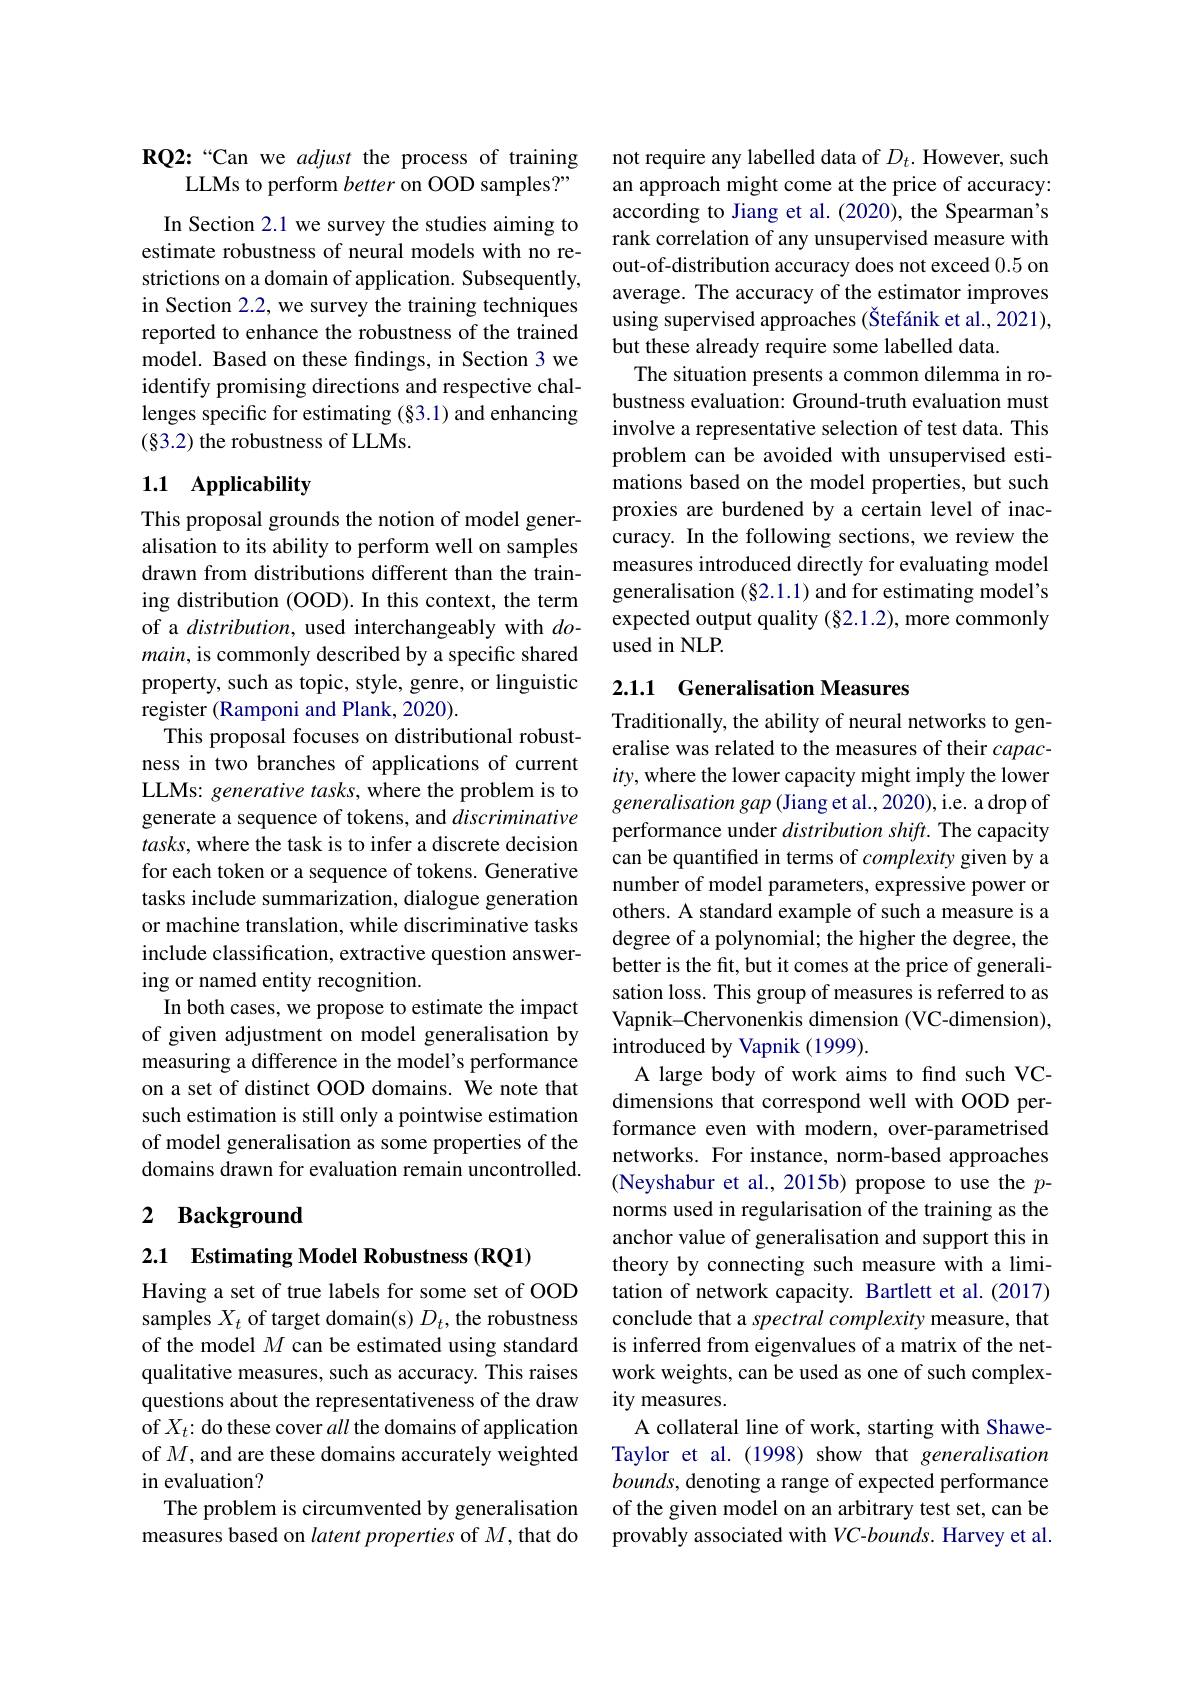
RQ2:“Can we adjust the process of training
LLMs to perform better on OOD samples?"

In Section 2.1 we survey the studies aiming to estimate robustness of neural models with no restrictions on a domain of application. Subsequently, in Section 2.2, we survey the training techniques reported to enhance the robustness of the trained model. Based on these findings, in Section 3 we identify promising directions and respective challenges specific for estimating (§3.1) and enhancing (§3.2) the robustness of LLMs.

## 1.1 Applicability

This proposal grounds the notion of model generalisation to its ability to perform well on samples drawn from distributions different than the training distribution (OOD). In this context, the term of a $distribution$, used interchangeably with $do$- main, is commonly described by a specific shared property, such as topic, style, genre, or linguistic register (Ramponi and Plank, 2020).
This proposal focuses on distributional robustness in two branches of applications of current LLMs: generative tasks, where the problem is to generate a sequence of tokens, and discriminative $tasks$, where the task is to infer a discrete decision for each token or a sequence of tokens. Generative tasks include summarization, dialogue generation or machine translation, while discriminative tasks include classification, extractive question answering or named entity recognition.
In both cases, we propose to estimate the impact of given adjustment on model generalisation by measuring a difference in the model's performance on a set of distinct OOD domains. We note that such estimation is still only a pointwise estimation of model generalisation as some properties of the domains drawn for evaluation remain uncontrolled.

## 2 Background

2.1 Estimating Model Robustness (RQ1)

Having a set of true labels for some set of OOD samples $X_t$ of target domain(s) $D_t$, the robustness of the model $M$ can be estimated using standard qualitative measures, such as accuracy. This raises questions about the representativeness of the draw of $X_t{:\text{do these cover }all\text{ the domains of application}}$ of $M$, and are these domains accurately weighted in evaluation?
The problem is circumvented by generalisation measures based on latent properties of $M$, that do

not require any labelled data of $D_t.$ However, such an approach might come at the price of accuracy: according to Jiang et al.(2020), the Spearman's rank correlation of any unsupervised measure with out-of-distribution accuracy does not exceed 0.5 on average. The accuracy of the estimator improves using supervised approaches (Štefánik et al., 2021), but these already require some labelled data.
The situation presents a common dilemma in robustness evaluation: Ground-truth evaluation must involve a representative selection of test data. This problem can be avoided with unsupervised estimations based on the model properties, but such proxies are burdened by a certain level of inaccuracy. In the following sections, we review the measures introduced directly for evaluating model generalisation $(\S2.1.1)$ and for estimating model's expected output quality (§2.1.2), more commonly used in NLP.

## 2.1.1 Generalisation Measures

Traditionally, the ability of neural networks to generalise was related to the measures of their $capac-$ $ity$, where the lower capacity might imply the lower generalisation gap (Jiang et al.,2020),i.e. a drop of performance under distribution shift. The capacity can be quantified in terms of complexity given by a number of model parameters, expressive power or others. A standard example of such a measure is a degree of a polynomial; the higher the degree, the better is the fit, but it comes at the price of generalisation loss. This group of measures is referred to as Vapnik-Chervonenkis dimension (VC-dimension), introduced by Vapnik (1999).
A large body of work aims to find such VCdimensions that correspond well with OOD performance even with modern, over-parametrised networks. For instance, norm-based approaches (Neyshabur et al., 2015b) propose to use the $p$- norms used in regularisation of the training as the anchor value of generalisation and support this in theory by connecting such measure with a limitation of network capacity. Bartlett et al. (2017) conclude that a spectral complexity measure, that is inferred from eigenvalues of a matrix of the network weights, can be used as one of such complexity measures.
A collateral line of work, starting with ShaweTaylor et al.(1998) show that generalisation bounds, denoting a range of expected performance of the given model on an arbitrary test set, can be provably associated with VC-bounds. Harvey et al.